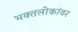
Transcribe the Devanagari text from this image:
भक्तलोकांवर